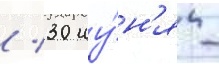
/ 30 иу́н'я -